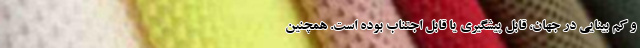
و کم بینایی در جهان، قابل پیشگیری یا قابل اجتناب بوده‌ است. همچنین